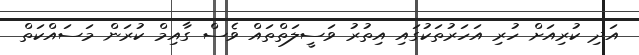
އަދި ކުރިއަށް ހުރި އަހަރުތަކުގައި އިތުރު ވަސީލަތްތައް ވެސް ގާއިމް ކުރަން މަސައްކަތް